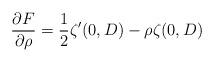
LaTeX: \begin{align*} \frac{\partial F}{ \partial \rho} = \frac{1}{2}\zeta'(0, D) - \rho \zeta(0, D) \end{align*}